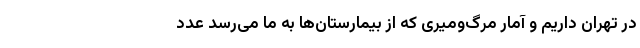
در تهران داریم و آمار مرگ‌ومیری که از بیمارستان‌ها به ما می‌رسد عدد